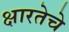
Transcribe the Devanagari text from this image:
क्षारतेचे